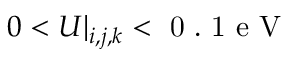
0 < U | _ { i , j , k } < \mathrm { ~ 0 ~ . ~ 1 ~ e ~ V ~ }